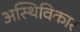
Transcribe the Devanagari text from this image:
अस्थिविकार